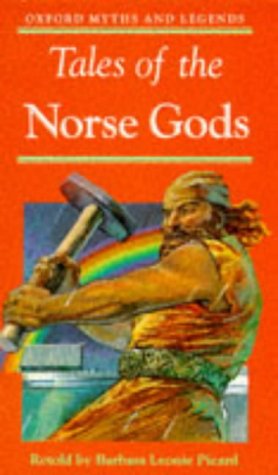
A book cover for Tales of the Norse Gods (Oxford Myths and Legends); Children's Books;